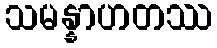
သမန္နာဟတဿ